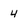
Character: 4